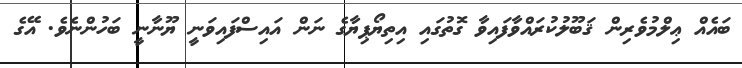
ބައެއް ޢިލްމުވެރިން ޤަބޫލުކުރައްވާފައިވާ ގޮތުގައި އިތިޔޯޕިޔާގެ ނަން އައިސްފައިވަނީ ޔޫނާނީ ބަހުންނެވެ. އޭގެ